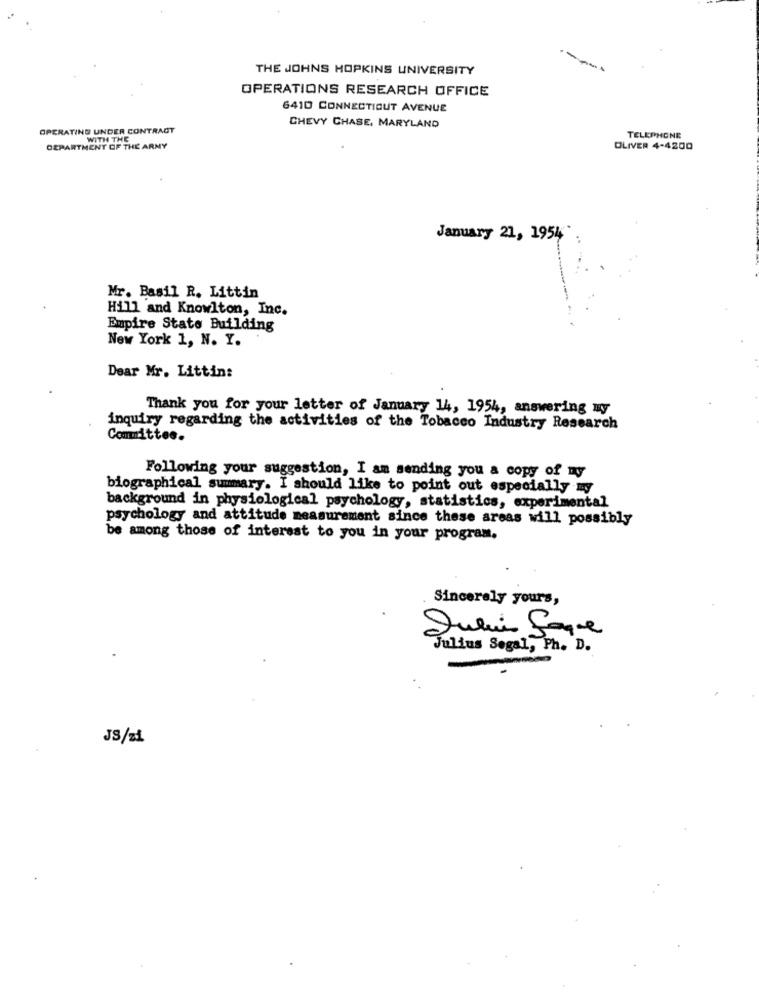
THE JOHNS HOPKINS UNIVERSITY
OPERATIONS RESEARCH OFFICE
6410 CONNECTICUT AVENUE
OPERATING UNDER CONTRACT
CHEVY CHASE, MARYLAND
WITH THE
TELEPHONE
DEPARTMENT OF THE ARMY
OLIVER 4-4200
January 21, 1954
Mr. Basil R. Littin
Hill and Knowlton, Inc.
Empire State Building
New York 1, N. Y.
Dear Mr. Littin:
Thank you for your letter of January 14, 1954, answering my
inquiry regarding the activities of the Tobacco Industry Research
Committee.
Following your suggestion, I am sending you a copy of my
biographical summary. I should like to point out especially my
background in physiological psychology, statistics, experimental
psychology and attitude measurement since these areas will possibly
be among those of interest to you in your program.
Sincerely yours,
Julie Saque
Julius Segal, Ph. D.
JS/zł